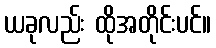
ယခုလည်း ထိုအတိုင်းပင်။